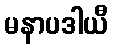
မနာပဒါယီ